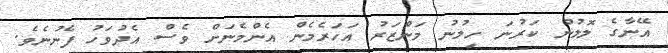
އޭނާގެ ލޮލުން ކަރުނަ ހިލުނު މަންޒަރު އަހަރެމެން އެންމެނަށް ވެސް އެދުވަހު ފެނުނެވެ.